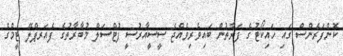
ކޮންފަރެންސް ގައި ހައިކޯޓުގެ ފަރާތުން ބައިވެރިވެއްޖެ ސީސީއާރުސީ ފުޓްސަލް މުބާރާތުގެ ފެއަރޕްލޭ ޓީމްގެ